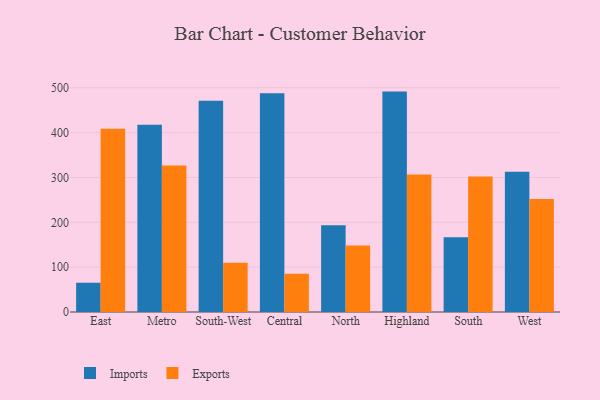
{"axis": {"x": "Region", "y": "Conversion Rate (%)"}, "legend": ["Exports", "Imports"], "data": [{"x": "East", "y": 65.3, "type": "Imports"}, {"x": "East", "y": 408.6, "type": "Exports"}, {"x": "Metro", "y": 417.5, "type": "Imports"}, {"x": "Metro", "y": 326.7, "type": "Exports"}, {"x": "South-West", "y": 471.3, "type": "Imports"}, {"x": "South-West", "y": 109.8, "type": "Exports"}, {"x": "Central", "y": 487.8, "type": "Imports"}, {"x": "Central", "y": 85.3, "type": "Exports"}, {"x": "North", "y": 193.4, "type": "Imports"}, {"x": "North", "y": 148.4, "type": "Exports"}, {"x": "Highland", "y": 491.5, "type": "Imports"}, {"x": "Highland", "y": 306.9, "type": "Exports"}, {"x": "South", "y": 166.5, "type": "Imports"}, {"x": "South", "y": 302.0, "type": "Exports"}, {"x": "West", "y": 312.6, "type": "Imports"}, {"x": "West", "y": 252.0, "type": "Exports"}]}